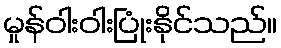
မှုန်ဝါးဝါးပြုံးနိုင်သည်။